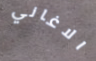
الاغاني